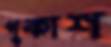
পুকাশ